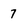
Character: 7